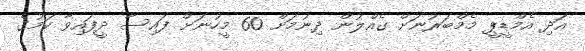
އަދި އެމްޑީޕީ މެމްބަރުނަށް ގެއްލުން ދިނުމަށް 60 މީހުނަށް ފައިސާ ދީފައިވާ ކަމުގެ